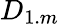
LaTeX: D_{1.m}